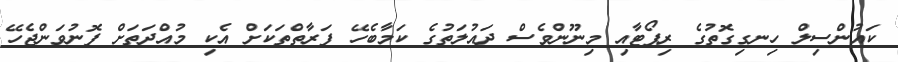
ކައުންސިލް ހިނގިގޮތުގެ ރިޕޯޓާއި މިނޫންވެސް ދައުލަތުގެ ކަމާބެހޭ ފަރާތްތަކަށް އެކި މުއްދަތަށް ފޮނުވަންޖެހޭ